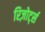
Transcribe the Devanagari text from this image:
रिज़ोर्ट्स